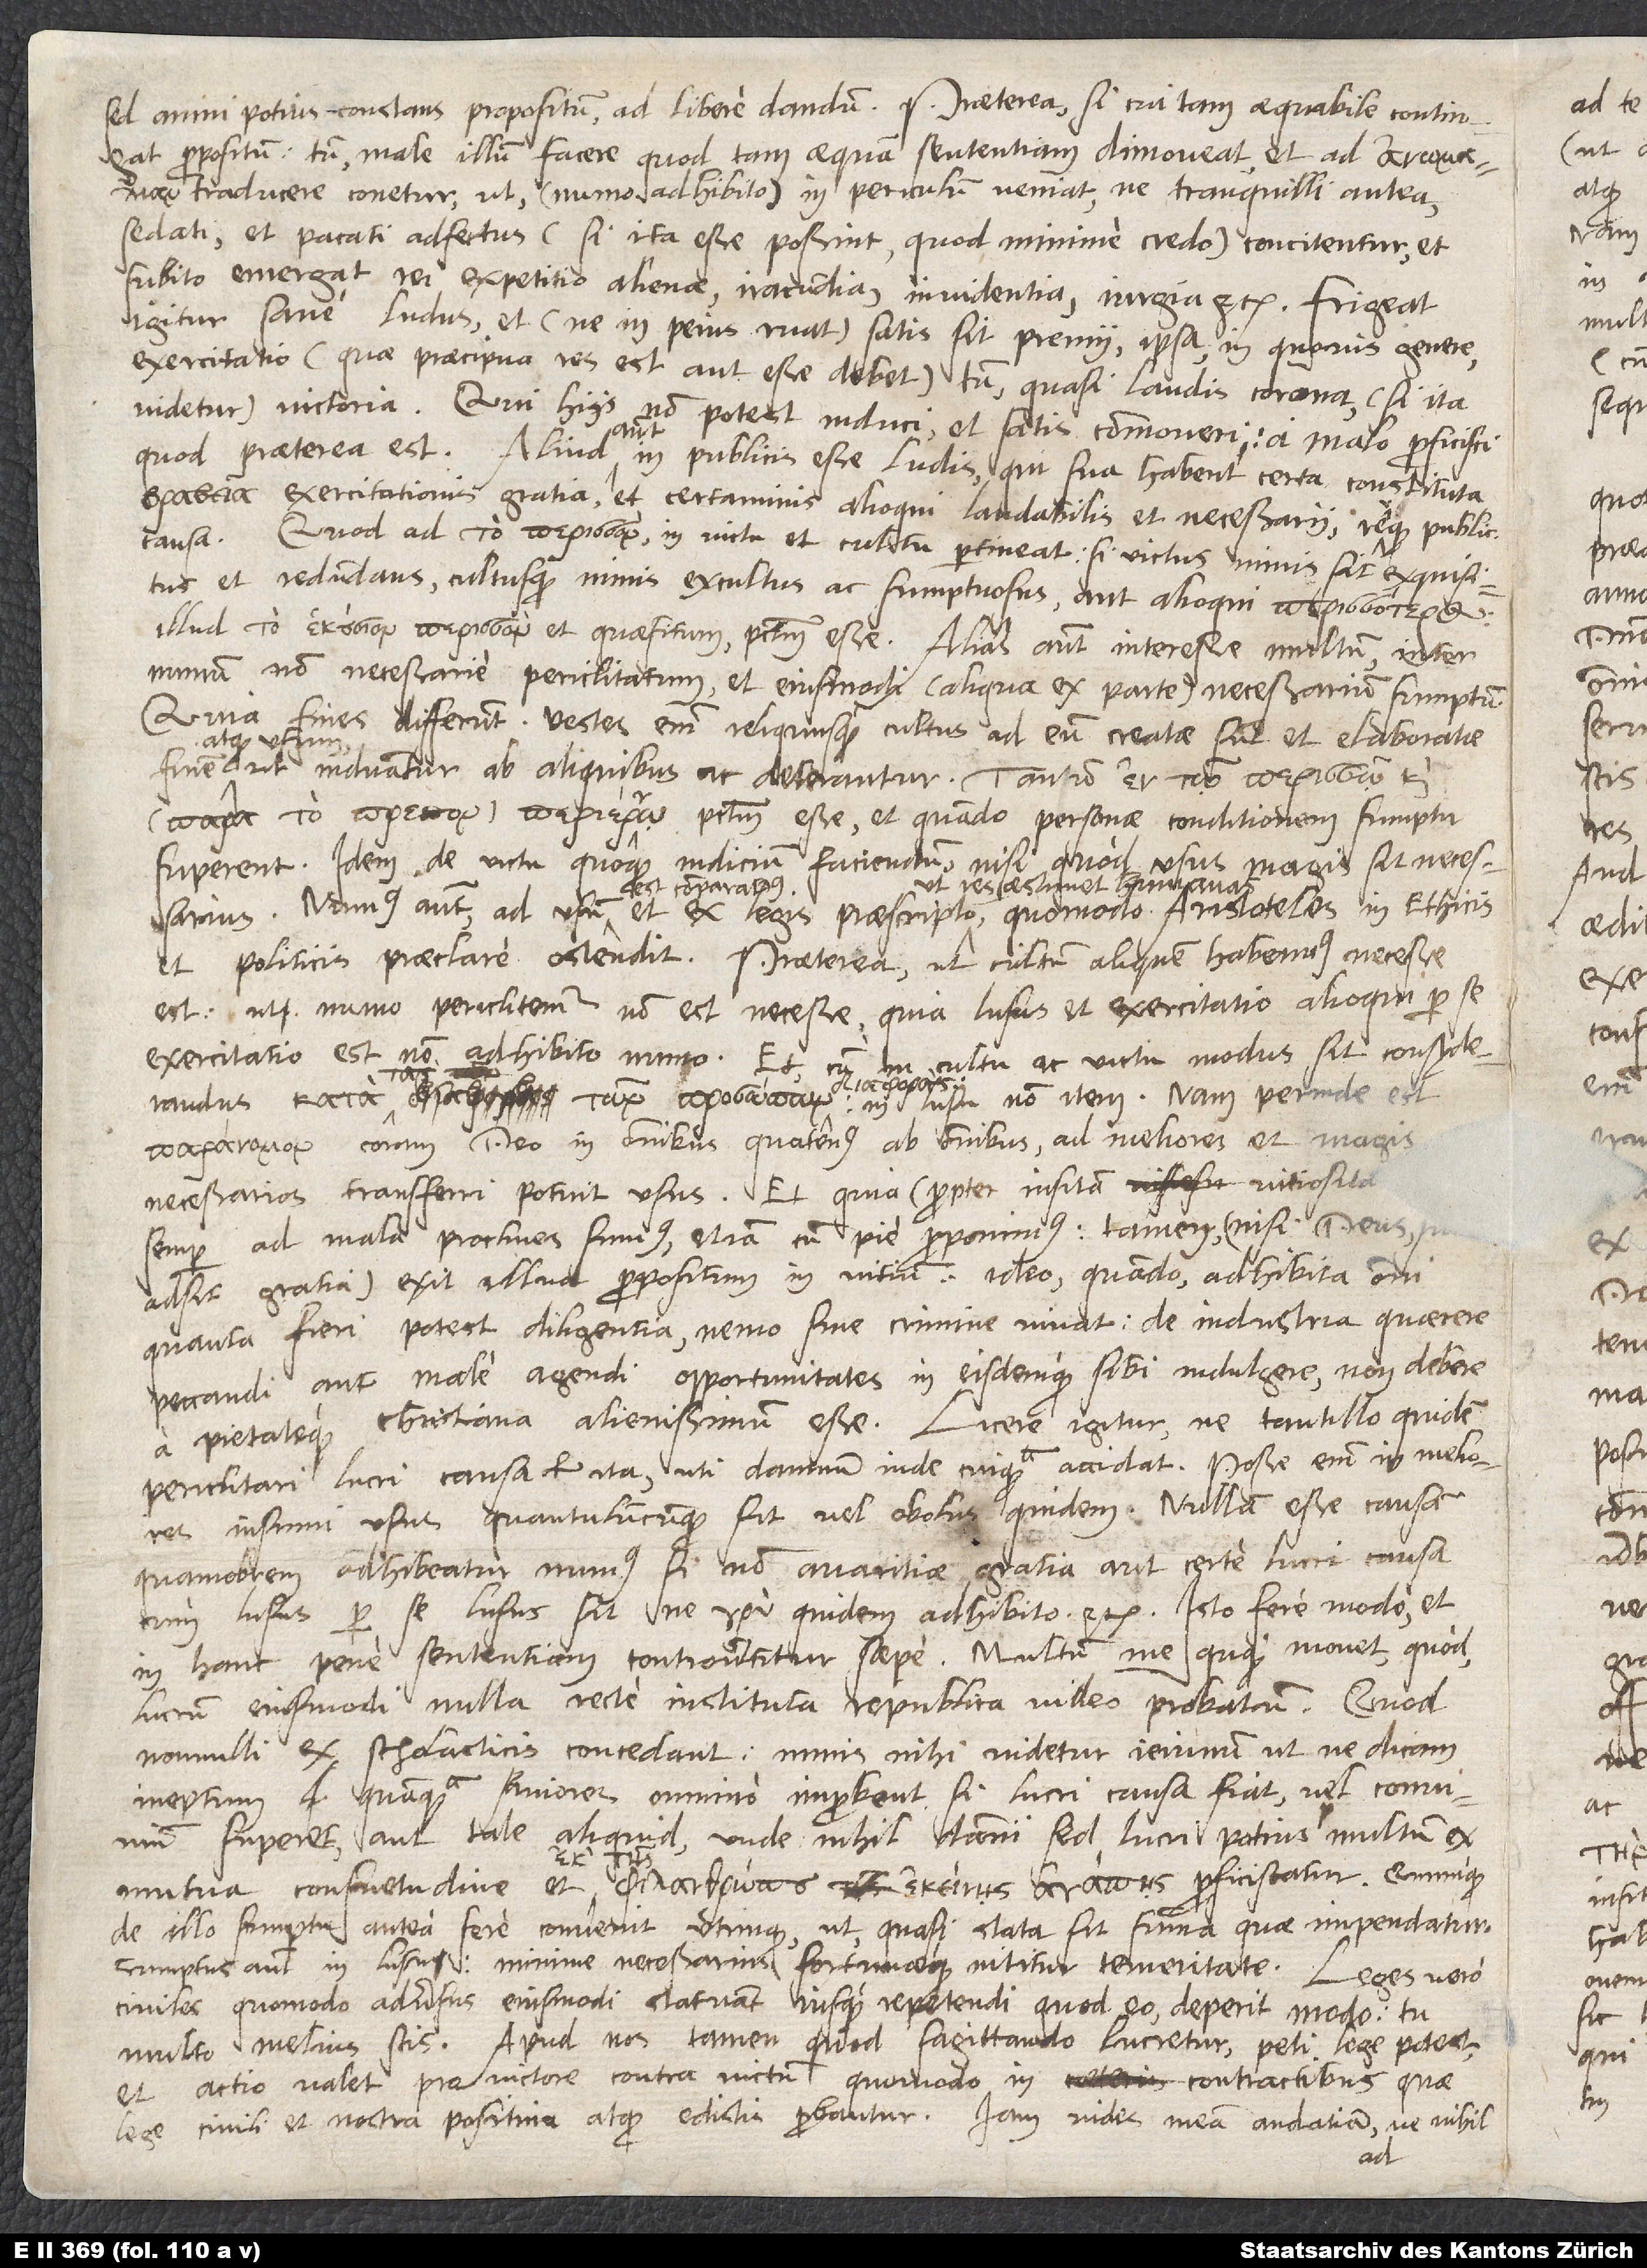
propositum, tum male illum facere, quod tam aequam sententiam dimoveat, et ad traducere conetur,
causa,
cum lusus per se lusus sit, ne quidem adhibito, etc. Isto fere modo et
in hanc pene sententiam controvertitur saepe. Multum me quoque movet, quod
lucrum eiusmodi nulla recte instituta republica video probatum. Quod
nonnulli ex scholasticis concedant, nimis mihi videtur ieiunum, ut ne dicam
ineptum, quamquam saniores omnino inprobent si lucri causa fiat, vel convivium
superet, aut tale aliquid, unde nihil damni, sed lucri potius multum ex
mutua consuetudine et proficiscatur; quumque
de illo sumptu antea fere convenit utrinque, ut quasi stata sit summa quae impendatur.
Sumptus autem in lusu minime necessarius, fortunaeque nititur temeritate. Leges vero
civiles quomodo adversus eiusmodi statuant, iusque repetendi quod eo deperit modo, tu
multo melius scis. Apud nos tamen quod sagittando lucretur, peti lege potest,
et actio valet pro victore contra victum, quomodo in contractibus quae